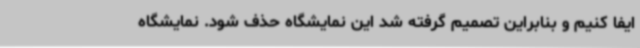
ایفا کنیم و بنابراین تصمیم گرفته شد این نمایشگاه حذف شود. نمایشگاه